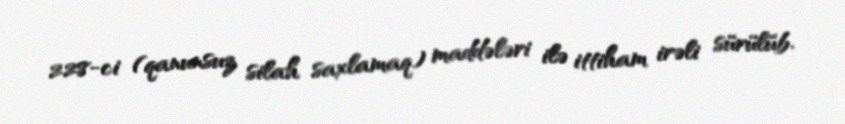
228-ci (qanunsuz silah saxlamaq) maddələri ilə ittiham irəli sürülüb.